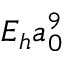
E _ { h } a _ { 0 } ^ { 9 }